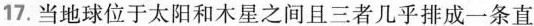
17.当地球位于太阳和木星之间且三者几乎排成一条直